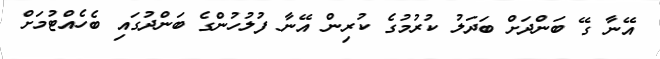
އޭނާ ގޭ ބަންދަށް ބަދަލު ކުރުމުގެ ކުރިން އޭނާ ފުލުހުންގެ ބަންދުގައި ބެހެއްޓުމަށް